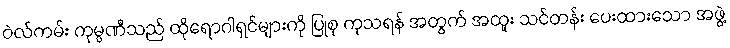
ဝဲလ်ကမ်း ကုမ္ပဏီသည် ထိုရောဂါရှင်များကို ပြုစု ကုသရန် အတွက် အထူး သင်တန်း ပေးထားသော အဖွဲ့